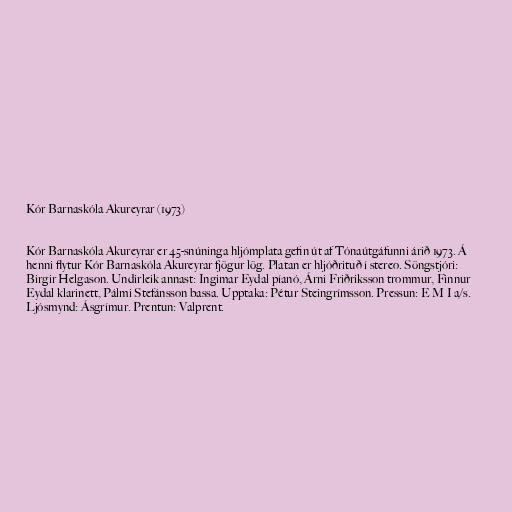
Kór Barnaskóla Akureyrar (1973)

Kór Barnaskóla Akureyrar er 45-snúninga hljómplata gefin út af Tónaútgáfunni árið 1973. Á
henni flytur Kór Barnaskóla Akureyrar fjögur lög. Platan er hljóðrituð í stereo. Söngstjóri:
Birgir Helgason. Undirleik annast: Ingimar Eydal píanó, Árni Friðriksson trommur, Finnur
Eydal klarinett, Pálmi Stefánsson bassa. Upptaka: Pétur Steingrímsson. Pressun: E M I a/s.
Ljósmynd: Ásgrímur. Prentun: Valprent.